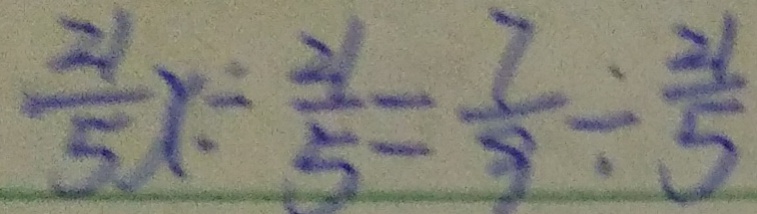
\frac { 2 1 } { 5 } x \div \frac { 2 1 } { 5 } = \frac { 7 } { 9 } \div \frac { 2 1 } { 5 }